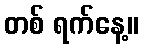
တစ် ရက်နေ့။